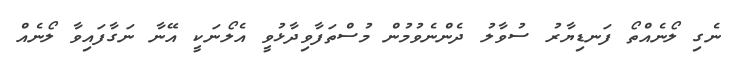
ނެގި ލޯނެއްތޯ ފަނޑިޔާރު ސުވާލު ދެންނެވުމުން މުސްތަފާވިދާޅުވީ އެލޯނަކީ އޭނާ ނަގާފައިވާ ލޯނެއް